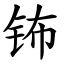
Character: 钸